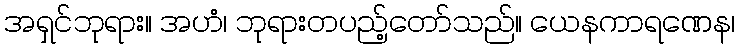
အရှင်ဘုရား။ အဟံ၊ ဘုရားတပည့်တော်သည်။ ယေနကာရဏေန၊